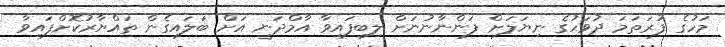
މަހުގެ ފުރަތަމަ ދުވަހުގެ ނިޔަލަށް ފަންނާނުނަށް ލިބިފައިވާ އާމްދަނީ އަށް ބަލައިގެން ތައްޔާރުކޮށްފައިވާ